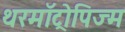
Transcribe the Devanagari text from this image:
थरमॉट्रोपिज्म